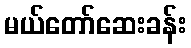
မယ်တော်ဆေးခန်း